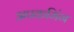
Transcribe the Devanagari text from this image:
अपकमिंग